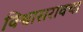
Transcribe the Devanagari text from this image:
विश्वासरावचा